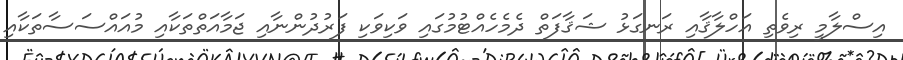
އިސްލާމީ ރިވެތި އަހްލާޤާއި ރަނގަޅު ޝަޤާފަތް ދެމެހެއްޓުމުގައި ވަކިވަކި ފަރުދުންނާއި ޖަމާއަތްތަކާއި މުއައްސަސާތަކާއި